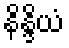
နိန္ဒိယံ